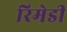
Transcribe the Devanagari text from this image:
रिमेडी